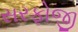
સરફોજી